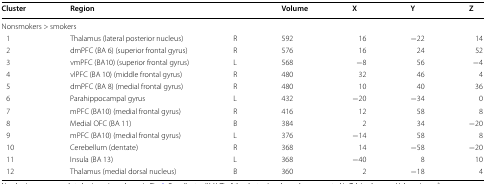
| Cluster | <COLSPAN=2> Region | Volume | X | Y | Z |
 | --- | --- | --- | --- | --- | --- | --- |
 | <COLSPAN=7> Nonsmokers > smokers |
 | 1 | Thalamus (lateral posterior nucleus) | R | 592 | 16 | −22 | 14 |
 | 2 | dmPFC (BA 6) (superior frontal gyrus) | R | 576 | 16 | 24 | 52 |
 | 3 | vmPFC (BA10) (superior frontal gyrus) | L | 568 | −8 | 56 | −4 |
 | 4 | vlPFC (BA 10) (middle frontal gyrus) | R | 480 | 32 | 46 | 4 |
 | 5 | dmPFC (BA 8) (medial frontal gyrus) | R | 480 | 10 | 40 | 36 |
 | 6 | Parahippocampal gyrus | L | 432 | −20 | −34 | 0 |
 | 7 | mPFC (BA10) (medial frontal gyrus) | R | 416 | 12 | 58 | 8 |
 | 8 | Medial OFC (BA 11) | B | 384 | 2 | 34 | −20 |
 | 9 | mPFC (BA10) (medial frontal gyrus) | L | 376 | −14 | 58 | 8 |
 | 10 | Cerebellum (dentate) | R | 368 | 14 | −58 | −20 |
 | 11 | Insula (BA 13) | L | 368 | −40 | 8 | 10 |
 | 12 | Thalamus (medial dorsal nucleus) | B | 360 | 2 | −18 | 4 |